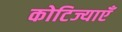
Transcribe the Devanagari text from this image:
कोटिज्याएँ